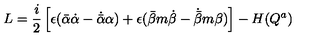
L = \frac { i } { 2 } \left[ \epsilon ( { \bar { \alpha } } \dot { \alpha } - \dot { \bar { \alpha } } \alpha ) + \epsilon ( { \bar { \beta } } m \dot { \beta } - \dot { \bar { \beta } } m \beta ) \right] - H ( Q ^ { a } )